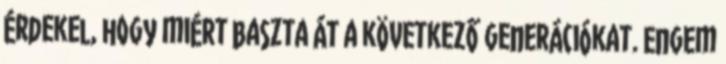
érdekel, hogy miért baszta át a következő generációkat. Engem